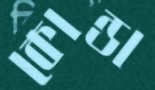
কোন্ডা